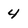
Character: 4